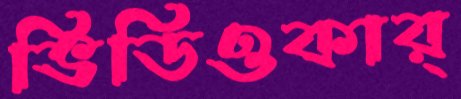
ভিডিওকার্